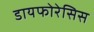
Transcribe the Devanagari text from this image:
डायफोरेसिस